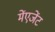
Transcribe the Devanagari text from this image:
मेंएजेंट